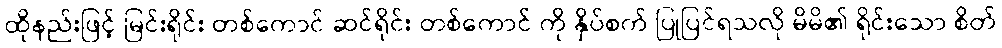
ထိုနည်းဖြင့် မြင်းရိုင်း တစ်ကောင် ဆင်ရိုင်း တစ်ကောင် ကို နှိပ်စက် ပြုပြင်ရသလို မိမိ၏ ရိုင်းသော စိတ်